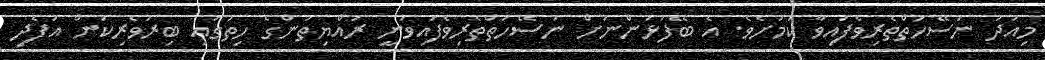
މިއަދު ނަސޭހަތްތެރިވެފައިވާ ކަމަށެވެ. އެ ބޭފުޅުންނަށް ނަސޭހަތްތެރިވެފައިވަނީ ރައްޔިތުންގެ ހިތުގައި ބިރުވެރިކަން އުފެދި